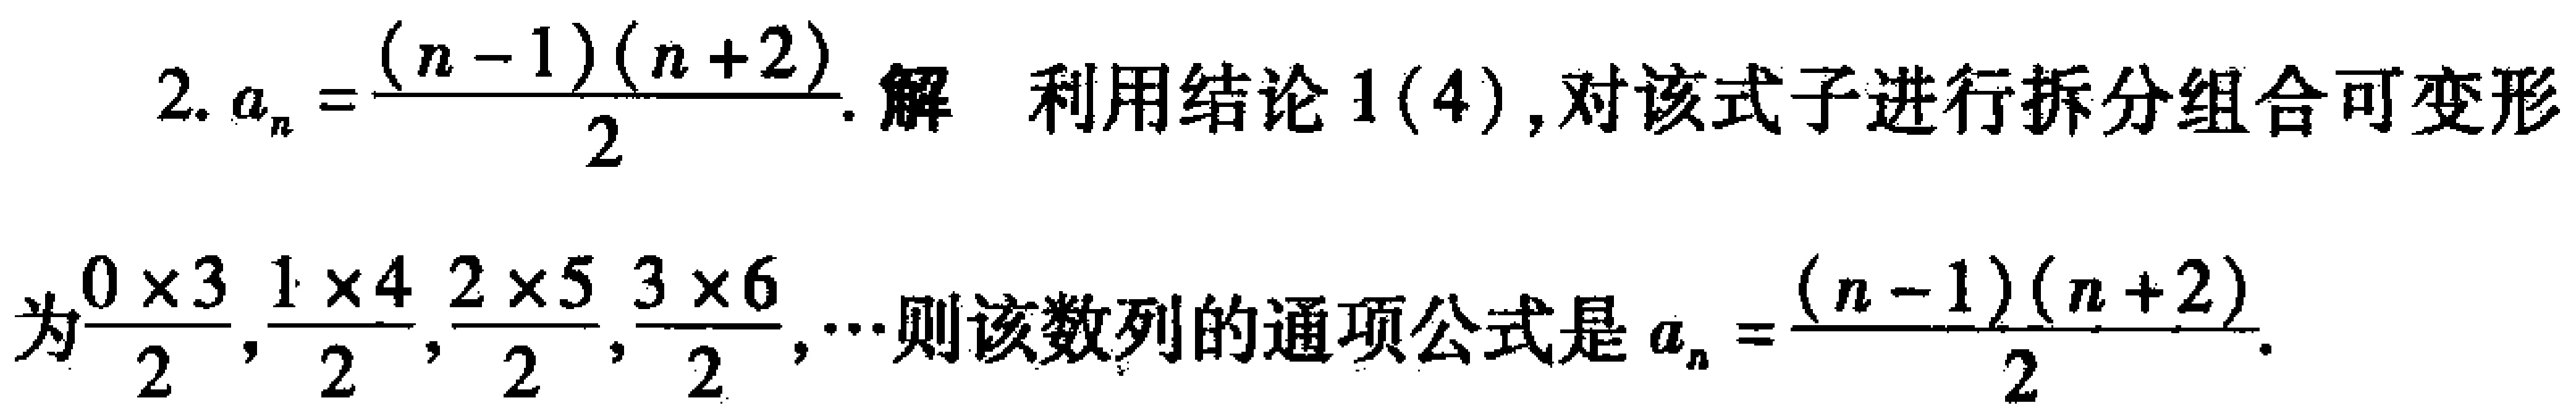
2. \(a_{n}=\frac{(n - 1)(n + 2)}{2}\). 解 利用结论1(4), 对该式子进行拆分组合可变形
为\(\frac{0\times3}{2},\frac{1\times4}{2},\frac{2\times5}{2},\frac{3\times6}{2},\cdots\)则该数列的通项公式是\(a_{n}=\frac{(n - 1)(n + 2)}{2}\).